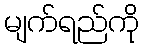
မျက်ရည်ကို